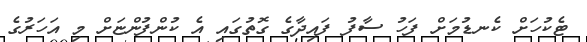
ޓެކުހަށް ކެނޑުމަށް ފަހު ސާފު ފައިދާގެ ގޮތުގައި އެ ކުންފުންޏަށް މި އަހަރުގެ